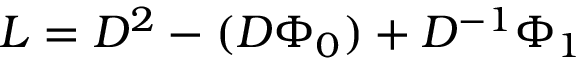
L = D ^ { 2 } - ( D \Phi _ { 0 } ) + D ^ { - 1 } \Phi _ { 1 }